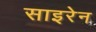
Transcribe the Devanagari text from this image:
साइरेन